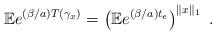
LaTeX: \begin{align*}\mathbb{E}e^{(\beta/a)T(\gamma_x)} = \left( \mathbb{E}e^{(\beta/a) t_e} \right)^{\|x\|_1}\ .\end{align*}